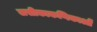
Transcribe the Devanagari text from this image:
लसीकाकणिकाओं